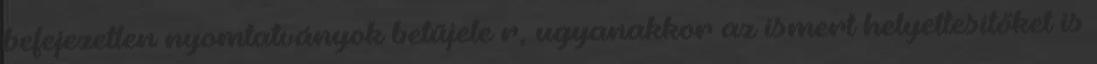
befejezetlen nyomtatványok betűjele r, ugyanakkor az ismert helyettesítőket is